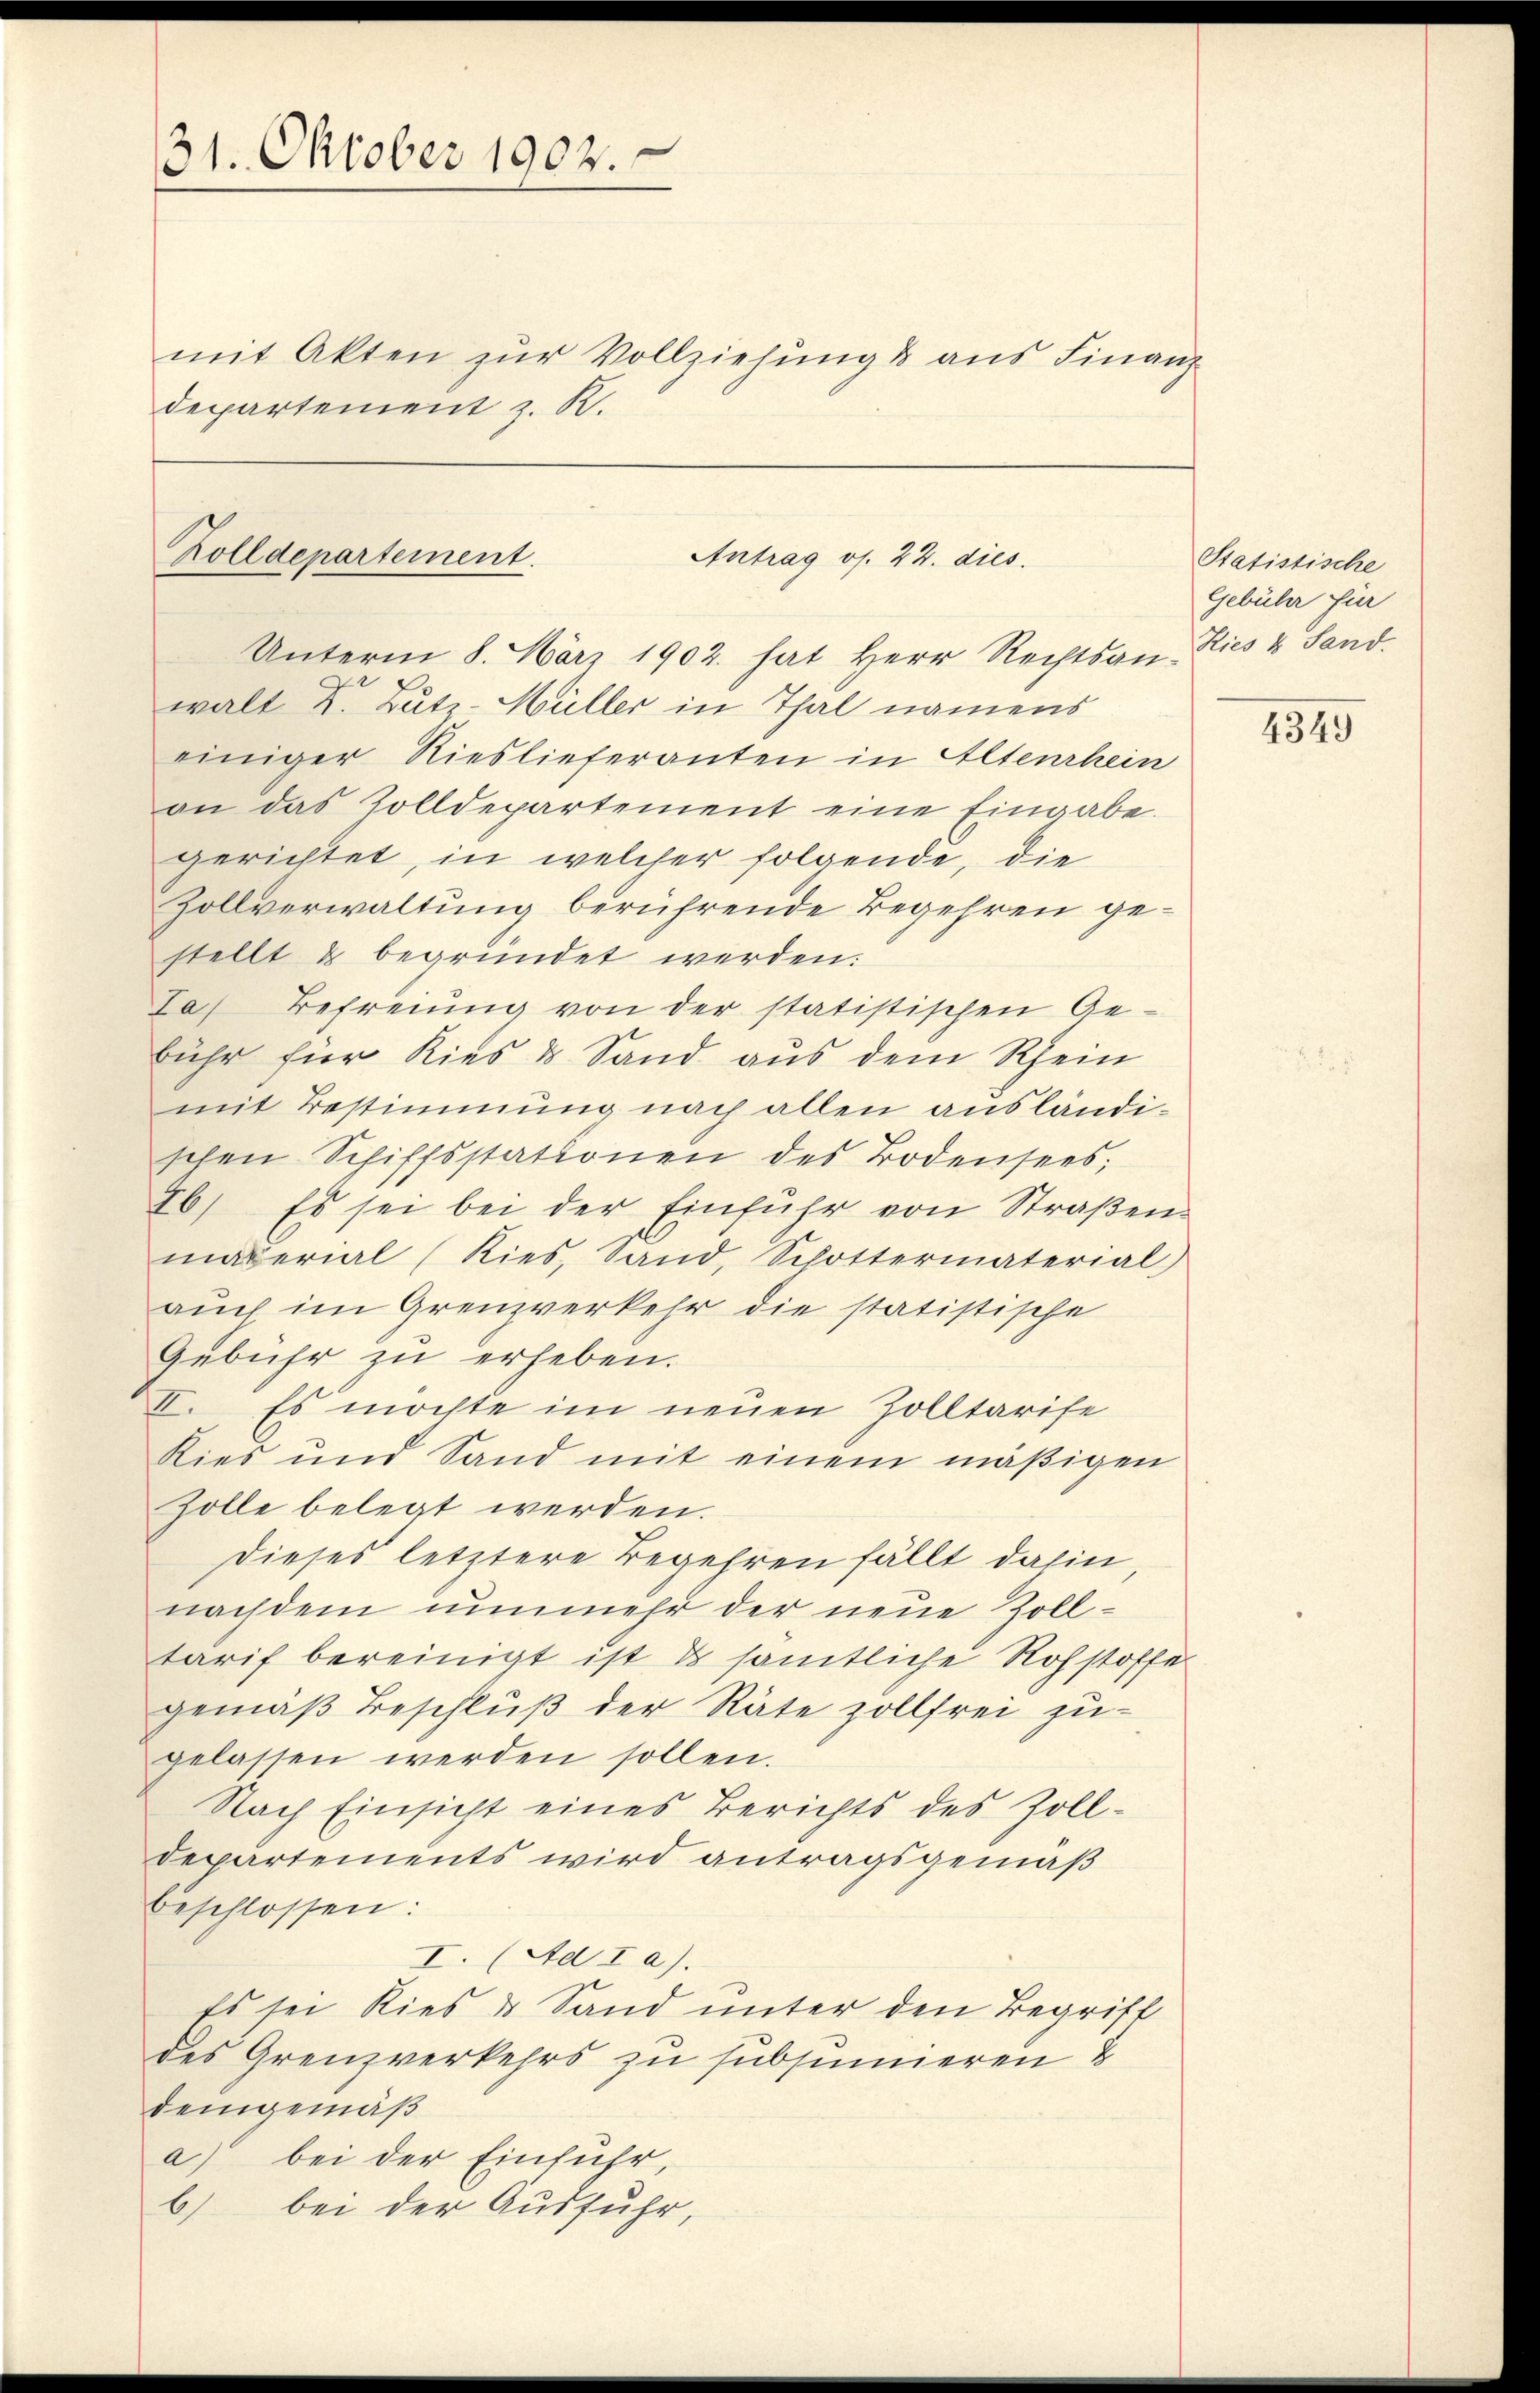
31. Oktober 1902.

mit Akten zur Vollziehung & aus Finanz
departement z. K.

Zolldepartement.
Antrag os. 24. dies

Unterm 8. März 1902. hat Herr Rechtsan-Ries & Sand.
walt Dr. Butz-Müller in Thal namens
einiger Rieslieferanten in Altenrhein
an das Zolldepartement eine Eingabe.
gerichtet, in welcher folgende, die
Zollverwaltung berührende Begehren gestellt & begründet werden:
La) Befreiung von der statistischen Ge-
bühr für Kies & Sand aus dem Rhein
mit Bestimmung nach allen ausländischen Schiffsstationen des Bodensees,
26) Es sei bei der Einfuhr von Straßen.
material (Kies, Sand, Schottermaterial
auch im Grenzverkehr die statistische
Gebühr zu erheben.
 Es möchte im neuen Zolltarife
Kies und Sand mit einem mäβigen
Zolle belegt werden.
dieses letztere Begehren fällt dahin
nachdem nunmehr der neue Zoll-
tarif bereinigt ist es sämtliche Rohstoffes
gemäß Beschluß der Räte zollfrei zu-
gelassen werden sollen.
Nach Einsicht eines Berichts des Zoll-
Departements wird antragsgemäß
beschlossen:
I. Ad I a).
Es sei Ries & Sand unter den Begriff
des Grenzverkehrs zu subsumieren
demgemäß
a) bei der Einfuhr,
b) bei der Ausfuhr,

Statistische
Gebühr für

4349